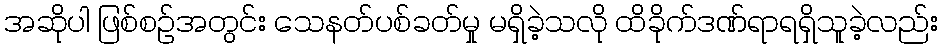
အဆိုပါ ဖြစ်စဉ်အတွင်း သေနတ်ပစ်ခတ်မှု မရှိခဲ့သလို ထိခိုက်ဒဏ်ရာရရှိသူခဲ့လည်း